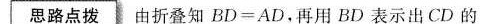
思路点拨由折叠知$$B D = A D$$。再用BD表示出CD的